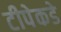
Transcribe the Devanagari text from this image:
टीपेकडे